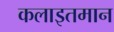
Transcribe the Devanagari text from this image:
कलाइतमान